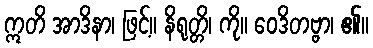
ဣတိ အာဒိနာ၊ ဖြင့်။ နိရုတ္တိ၊ ကို။ ဝေဒိတဗ္ဗာ၊ ၏။